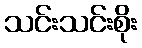
သင်းသင်းစိုး